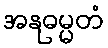
အနုဓမ္မတံ